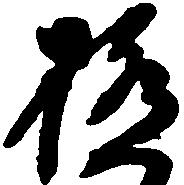
極